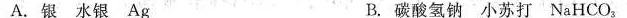
A.银水银Ag B.碳酸氢钠小苏打NaHCO_{3}